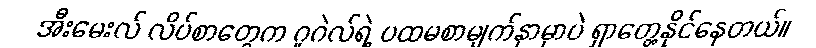
အီးမေးလ် လိပ်စာတွေက ဂူဂဲလ်ရဲ့ ပထမစာမျက်နှာမှာပဲ ရှာတွေ့နိုင်နေတယ်။